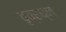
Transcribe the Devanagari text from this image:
वृत्रघ्न